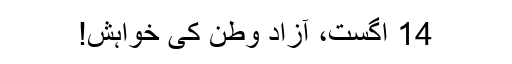
14 اگست، آزاد وطن کی خواہش!